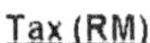
TAX(RM)